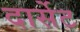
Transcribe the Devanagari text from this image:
दार्सेट